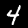
Label: 4